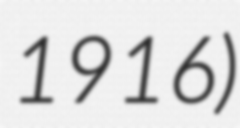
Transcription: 1916)